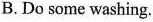
B.Do some washing.